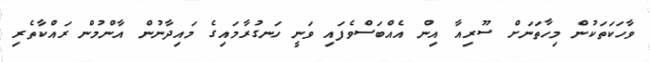
ވާހަކަތަކުން މިހާތަނަށް ސޫރިއާ އިން އެއްބަސްވެފައި ވަނީ ހަނގުރާމައިގެ މައިދާނުން އާންމުން ރައްކާތެރި